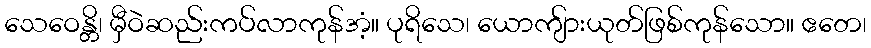
သေဝေန္တိ၊ မှီဝဲဆည်းကပ်လာကုန်အံ့။ ပုရိသေ၊ ယောကျ်ားယုတ်ဖြစ်ကုန်သော။ ဧတေ၊